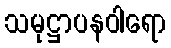
သမုဋ္ဌာပနဝါရော